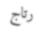
رتاج